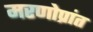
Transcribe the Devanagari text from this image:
मरणोप्रांत